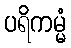
ပရိကမ္မံ